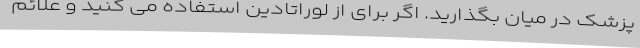
پزشک در میان بگذارید. اگر برای از لوراتادین استفاده می کنید و علائم